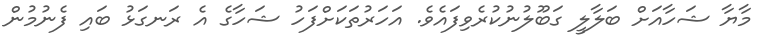
މާޔާ ޝަހާއަށް ބަލާލީ ގަބޫލުނުކުރެވިފައެވެ. އަހަރުތަކަށްފަހު ޝަހާގެ އެ ރަނގަޅު ބައި ފެނުމުން